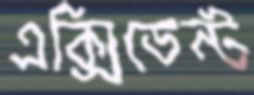
এক্সিডেন্ট